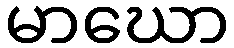
မာဃော